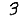
Digit: 3